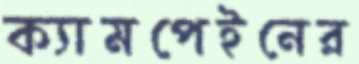
ক্যামপেইনের